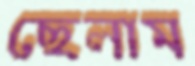
ছেলাম